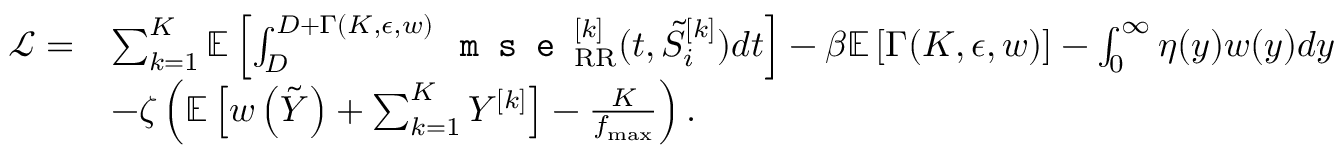
\begin{array} { r l } { \mathcal { L } = } & { \sum _ { k = 1 } ^ { K } { \mathbb { E } } \left[ \int _ { D } ^ { D + \Gamma ( K , \epsilon , w ) } \texttt { m s e } _ { \mathrm { R R } } ^ { [ k ] } ( t , \tilde { S } _ { i } ^ { [ k ] } ) d t \right] - \beta { \mathbb { E } } \left[ \Gamma ( K , \epsilon , w ) \right] - \int _ { 0 } ^ { \infty } \eta ( y ) w ( y ) d y } \\ & { - \zeta \left( { \mathbb { E } } \left[ w \left( \tilde { Y } \right) + \sum _ { k = 1 } ^ { K } Y ^ { [ k ] } \right] - \frac { K } { f _ { \operatorname* { m a x } } } \right) . } \end{array}